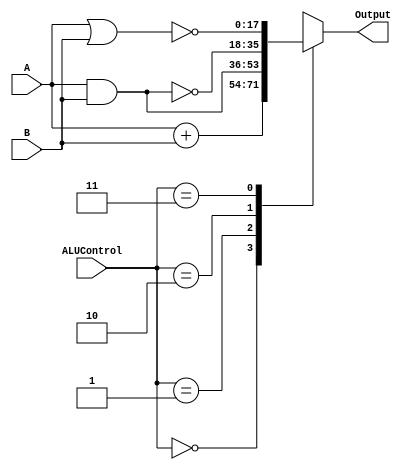
module ALU (
    input [17:0] A,
    input [17:0] B,
    input [1:0] ALUControl,
    output reg [17:0] Output
);

    always @*
    begin
        case (ALUControl)
            2'b00: Output = A + B; // DD status
            2'b01: Output = A & B; // AND status
            2'b10: Output = ~(A & B); // NAND status
            2'b11: Output = ~(A | B); // NOR status
            default: Output = 0;
        endcase
    end
endmodule